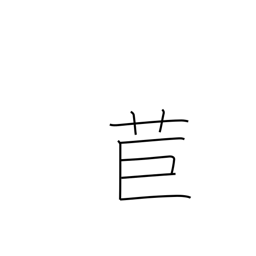
Meaning: torch